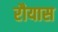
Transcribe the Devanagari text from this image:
रौयास